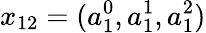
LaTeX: x_{12}=(a_{1}^{0},a_{1}^{1},a_{1}^{2})